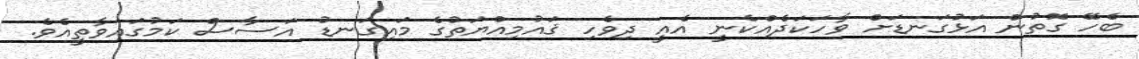
ބެހޭ ގޮތުން އަޅުގަނޑަށް ވާހަކަދެއްކެނީ އެއީ ދިވެހި ޤައުމިއްޔަތުގެ މައިގަނޑު އަސާސް ކަމުގައިވާތީއެވެ.